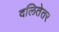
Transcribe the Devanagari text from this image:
दलितेतर